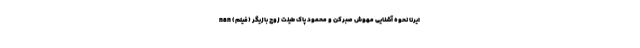
ایرنا نحوه آشنایی مهوش صبرکن و محمود پاک طینت زوج بازیگر (فیلم) nan